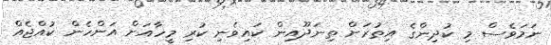
ނަމަވެސް މި ކުދިންގެ އިތުރަށް ތިނަދޫއިން ކައިވެނި ކުރި މީހާއަށް އަންހެން ކުއްޖެއް